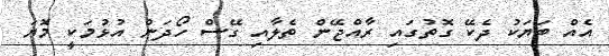
އެއް ބަޔަކު ދެކޭ ގޮތުގައި ރާއްޖޭން ތެލާއި ގޭސް ހޯދަން އުޅުމަކީ މޮޔަ